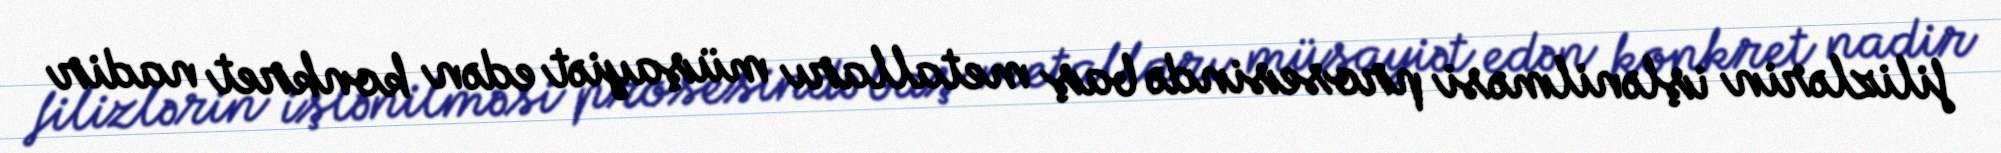
filizlərin işlənilməsi prosesində baş metalları müşayiət edən konkret nadir